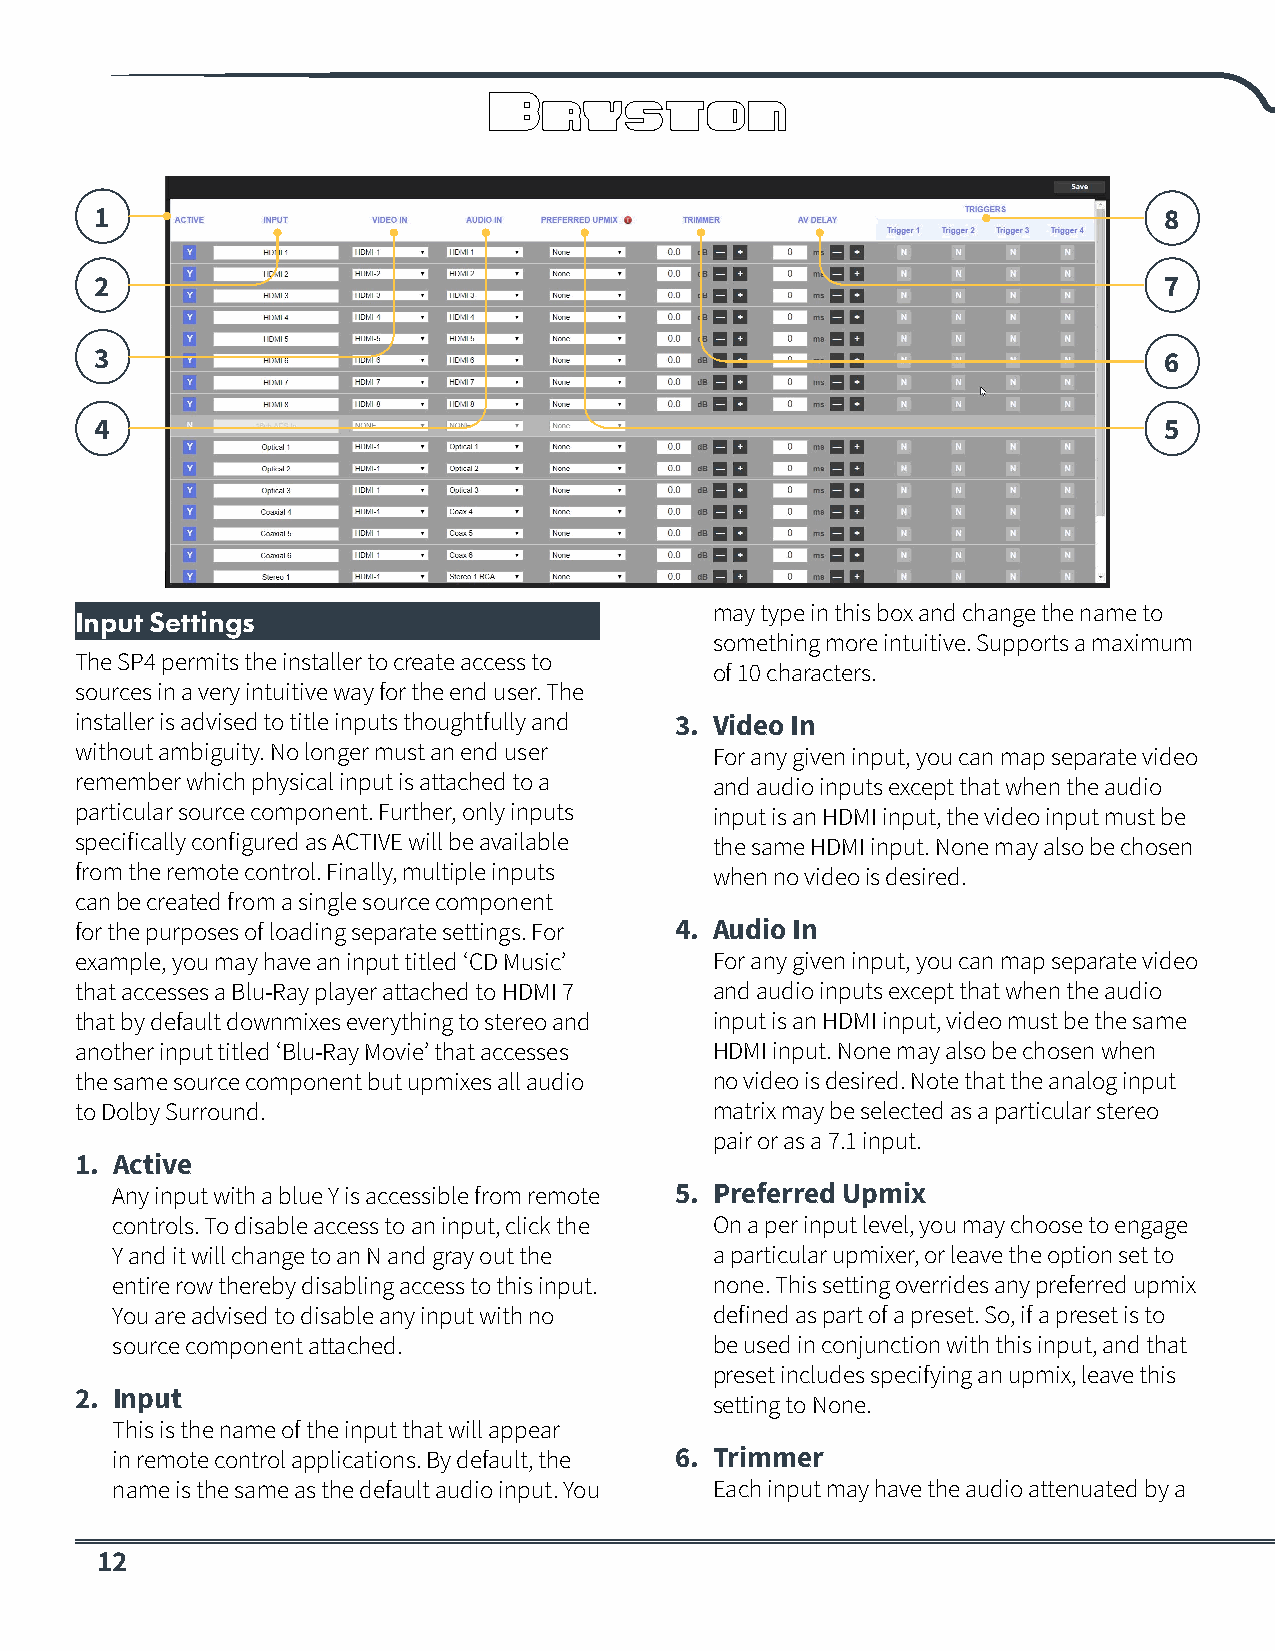
1                                                                      8
 2                                                                      7
 3                                                                      6
 4                                                                      5
 may type in this box and change the name to
 Input Settings
 something more intuitive. Supports a maximum
 The SP4 permits the installer to create access to
 of 10 characters.
 sources in a very intuitive way for the end user. The
 installer is advised to title inputs thoughtfully and 3. Video In
 without ambiguity. No longer must an end user For any given input, you can map separate video
 remember which physical input is attached to a and audio inputs except that when the audio
 particular source component. Further, only inputs input is an HDMI input, the video input must be
 specifically configured as ACTIVE will be available the same HDMI input. None may also be chosen
 from the remote control. Finally, multiple inputs when no video is desired.
 can be created from a single source component
 for the purposes of loading separate settings. For 4. Audio In
 example, you may have an input titled ‘CD Music’ For any given input, you can map separate video
 that accesses a Blu-Ray player attached to HDMI 7 and audio inputs except that when the audio
 that by default downmixes everything to stereo and input is an HDMI input, video must be the same
 another input titled ‘Blu-Ray Movie’ that accesses HDMI input. None may also be chosen when
 the same source component but upmixes all audio no video is desired. Note that the analog input
 to Dolby Surround.                        matrix may be selected as a particular stereo
 pair or as a 7.1 input.
 1. Active
 Any input with a blue Y is accessible from remote 5. Preferred Upmix
 controls. To disable access to an input, click the On a per input level, you may choose to engage
 Y and it will change to an N and gray out the a particular upmixer, or leave the option set to
 entire row thereby disabling access to this input. none. This setting overrides any preferred upmix
 You are advised to disable any input with no defined as part of a preset. So, if a preset is to
 source component attached.              be used in conjunction with this input, and that
 preset includes specifying an upmix, leave this
 2. Input
 setting to None.
 This is the name of the input that will appear
 in remote control applications. By default, the 6. Trimmer
 name is the same as the default audio input. You Each input may have the audio attenuated by a
 12